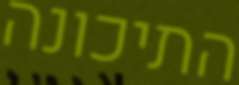
התיכונה